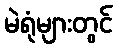
မဲရုံများတွင်